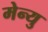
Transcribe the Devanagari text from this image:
मेन्‍यु